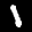
Label: 1